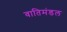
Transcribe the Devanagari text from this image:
वातिमंडल